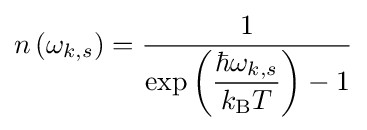
n\left(\omega _{k,s}\right)={\frac {1}{\exp \left({\dfrac {\hbar \omega _{k,s}}{k_{\mathrm {B} }T}}\right)-1}}